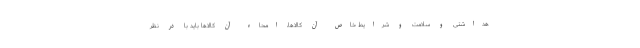
هداشتی و سلامت و شرایط خاص آن کالاها، امحاء آن کالاها باید با در نظر